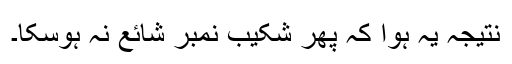
نتیجہ یہ ہوا کہ پھر شکیب نمبر شائع نہ ہوسکا۔